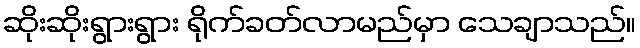
ဆိုးဆိုးရွားရွား ရိုက်ခတ်လာမည်မှာ သေချာသည်။